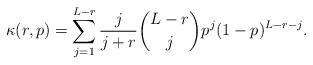
LaTeX: \begin{align*}\kappa(r,p) &= \sum_{j=1}^{L-r} \frac{j}{j+r} \binom{L-r}{j} p^j(1-p)^{L-r-j}.\end{align*}